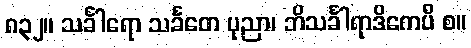
၈၃၂။ သင်္ခါရော သင်္ခတေ ပုညာ၊ ဘိသင်္ခါရာဒိကေပိ စ။